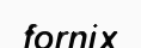
fornix